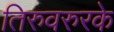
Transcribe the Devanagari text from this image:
तिरुवरुरके